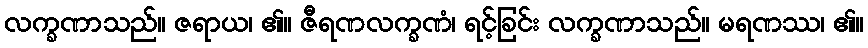
လက္ခဏာသည်။ ဇရာယ၊ ၏။ ဇီရဏလက္ခဏံ၊ ရင့်ခြင်း လက္ခဏာသည်။ မရဏဿ၊ ၏။